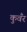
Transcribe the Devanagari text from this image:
कुवँर